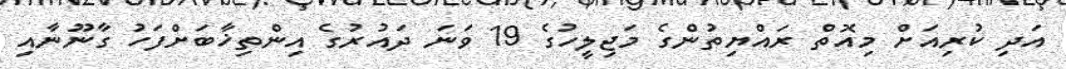
އަދި ކުރިއަށް މިއޮތް ރައްޔިތުންގެ މަޖިލީހުގެ 19 ވަނަ ދައުރުގެ އިންތިޚާބަށްފަހު ގާނޫނާއި